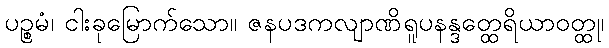
ပဉ္စမံ၊ ငါးခုမြောက်သော။ ဇနပဒကလျာဏိရူပနန္ဒတ္ထေရိယာဝတ္ထု၊